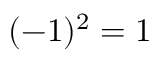
( - 1 ) ^ { 2 } = 1